Bréfritari: Sigríður Guðmundsdóttir
Viðtakandi: Jón Borgfirðings Jónsson
Dagsetning: A-1858-03-06
Skrifað á: Reykjavík  Gull.

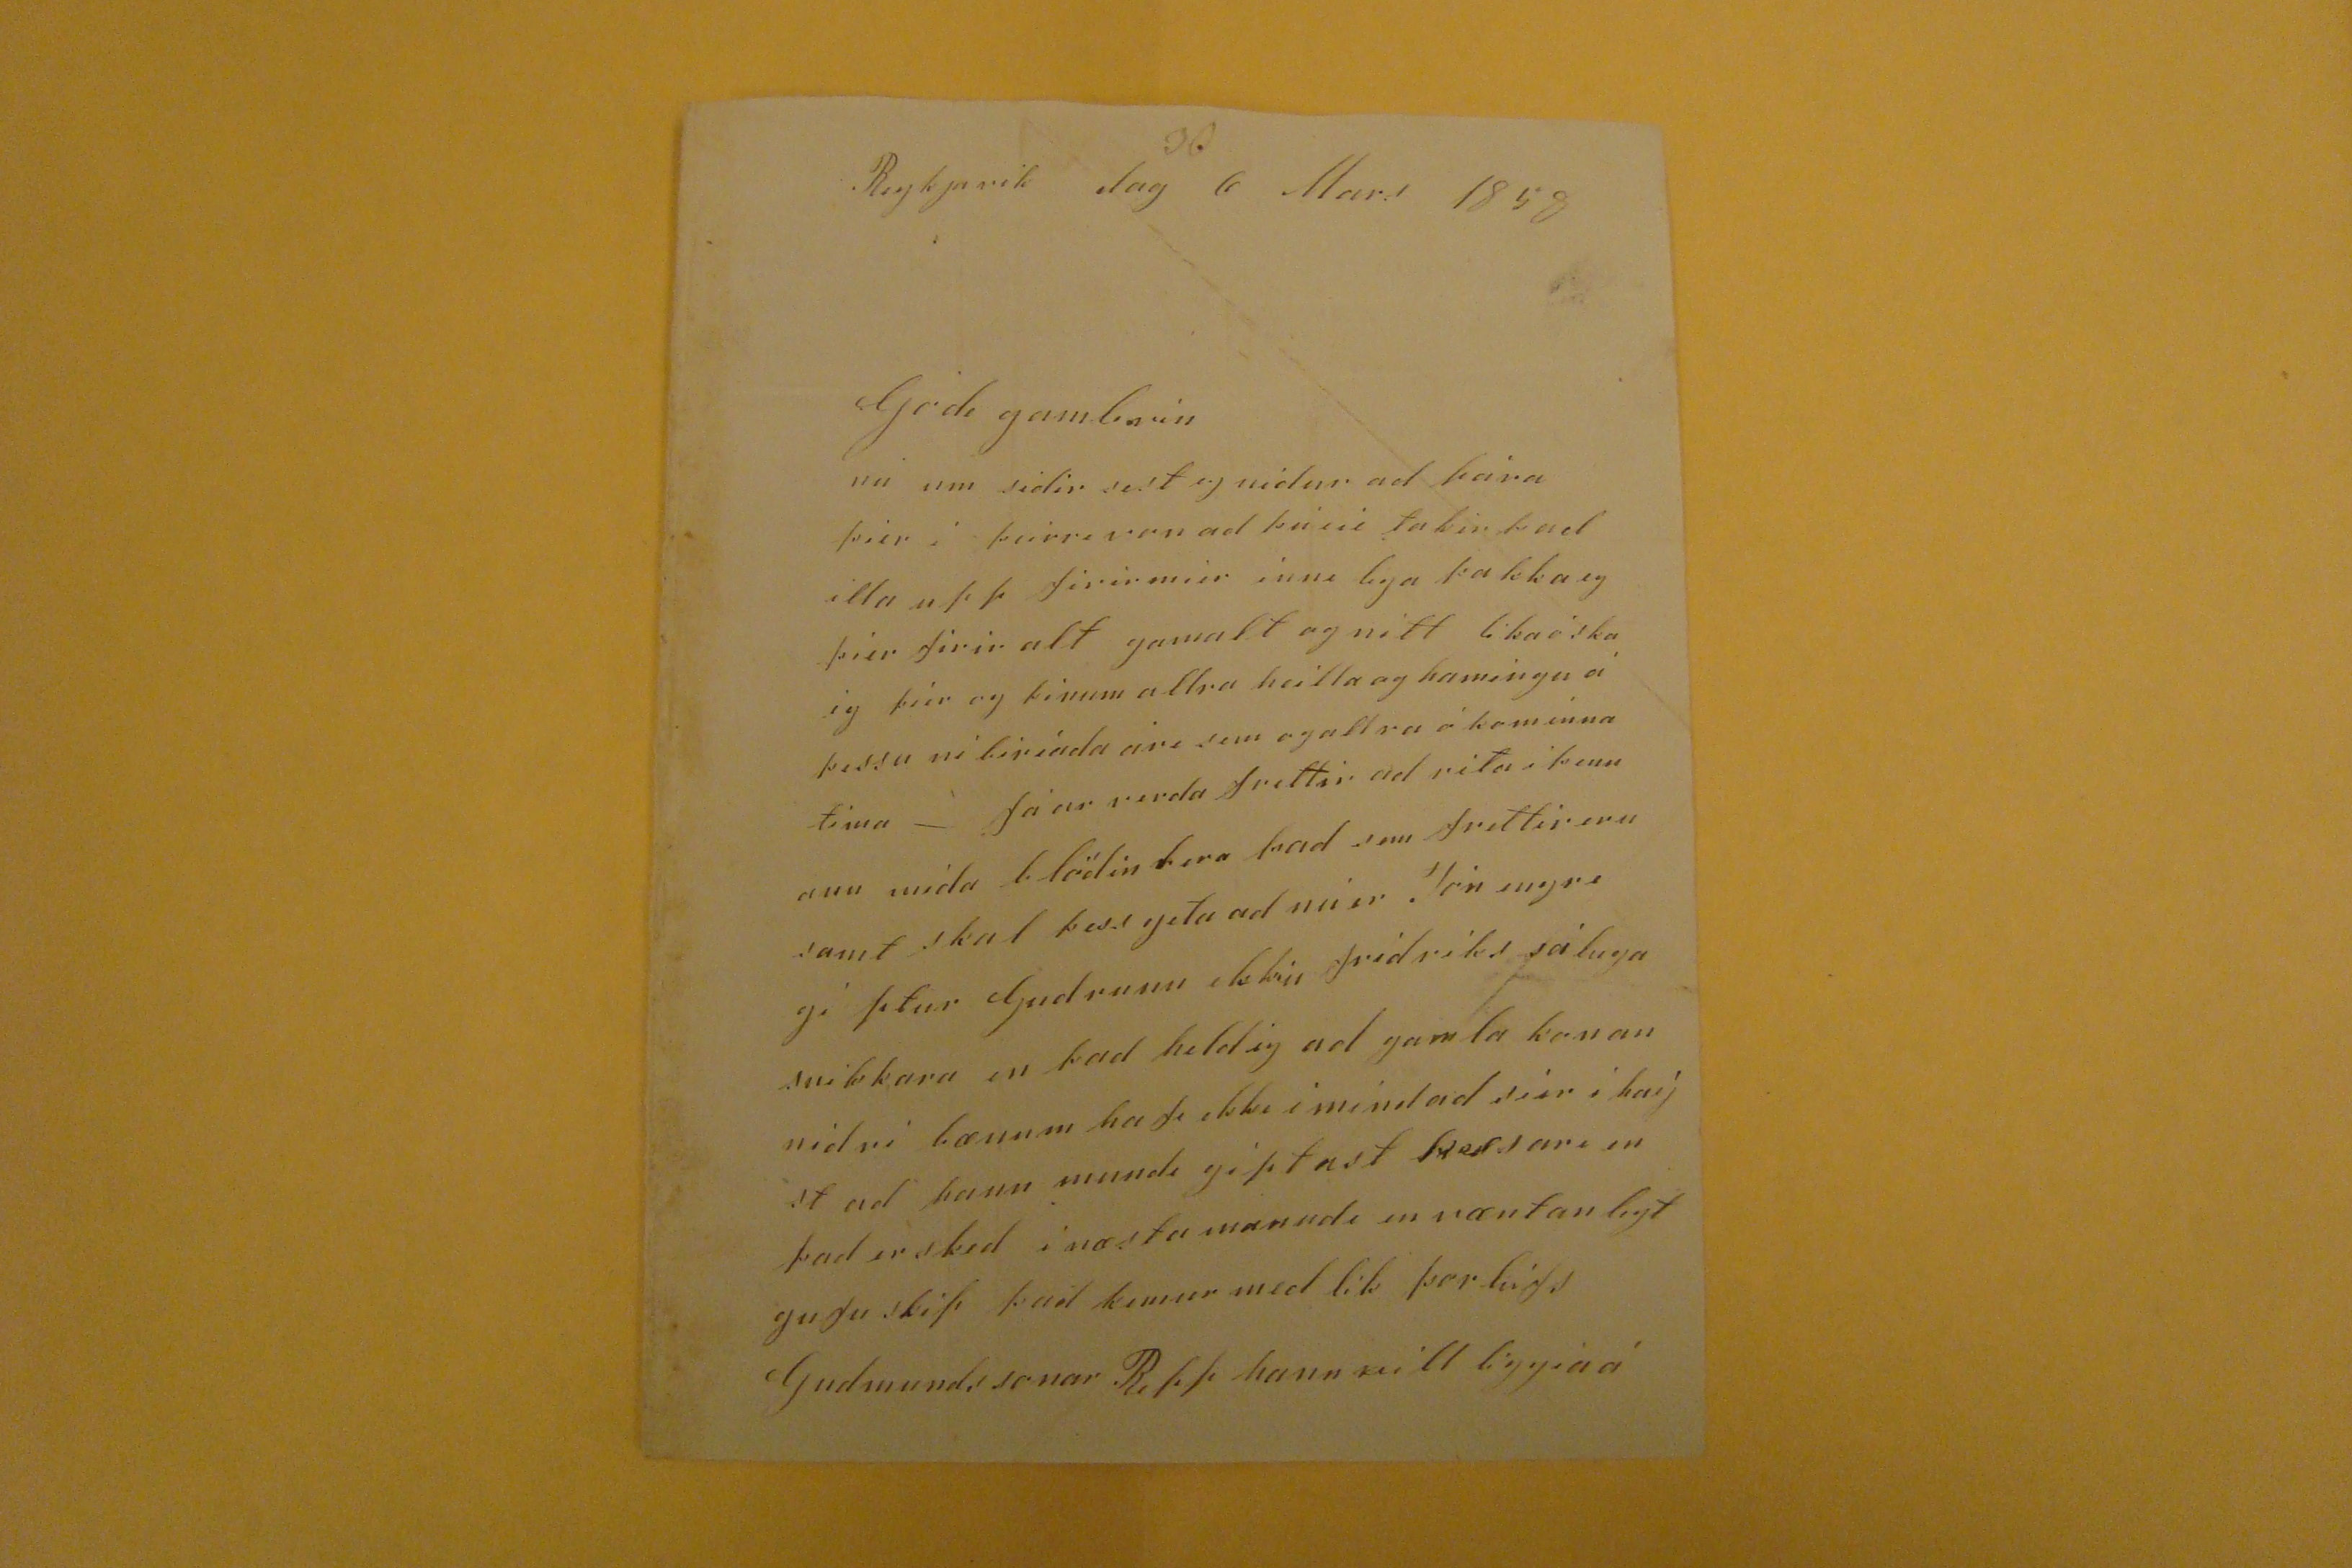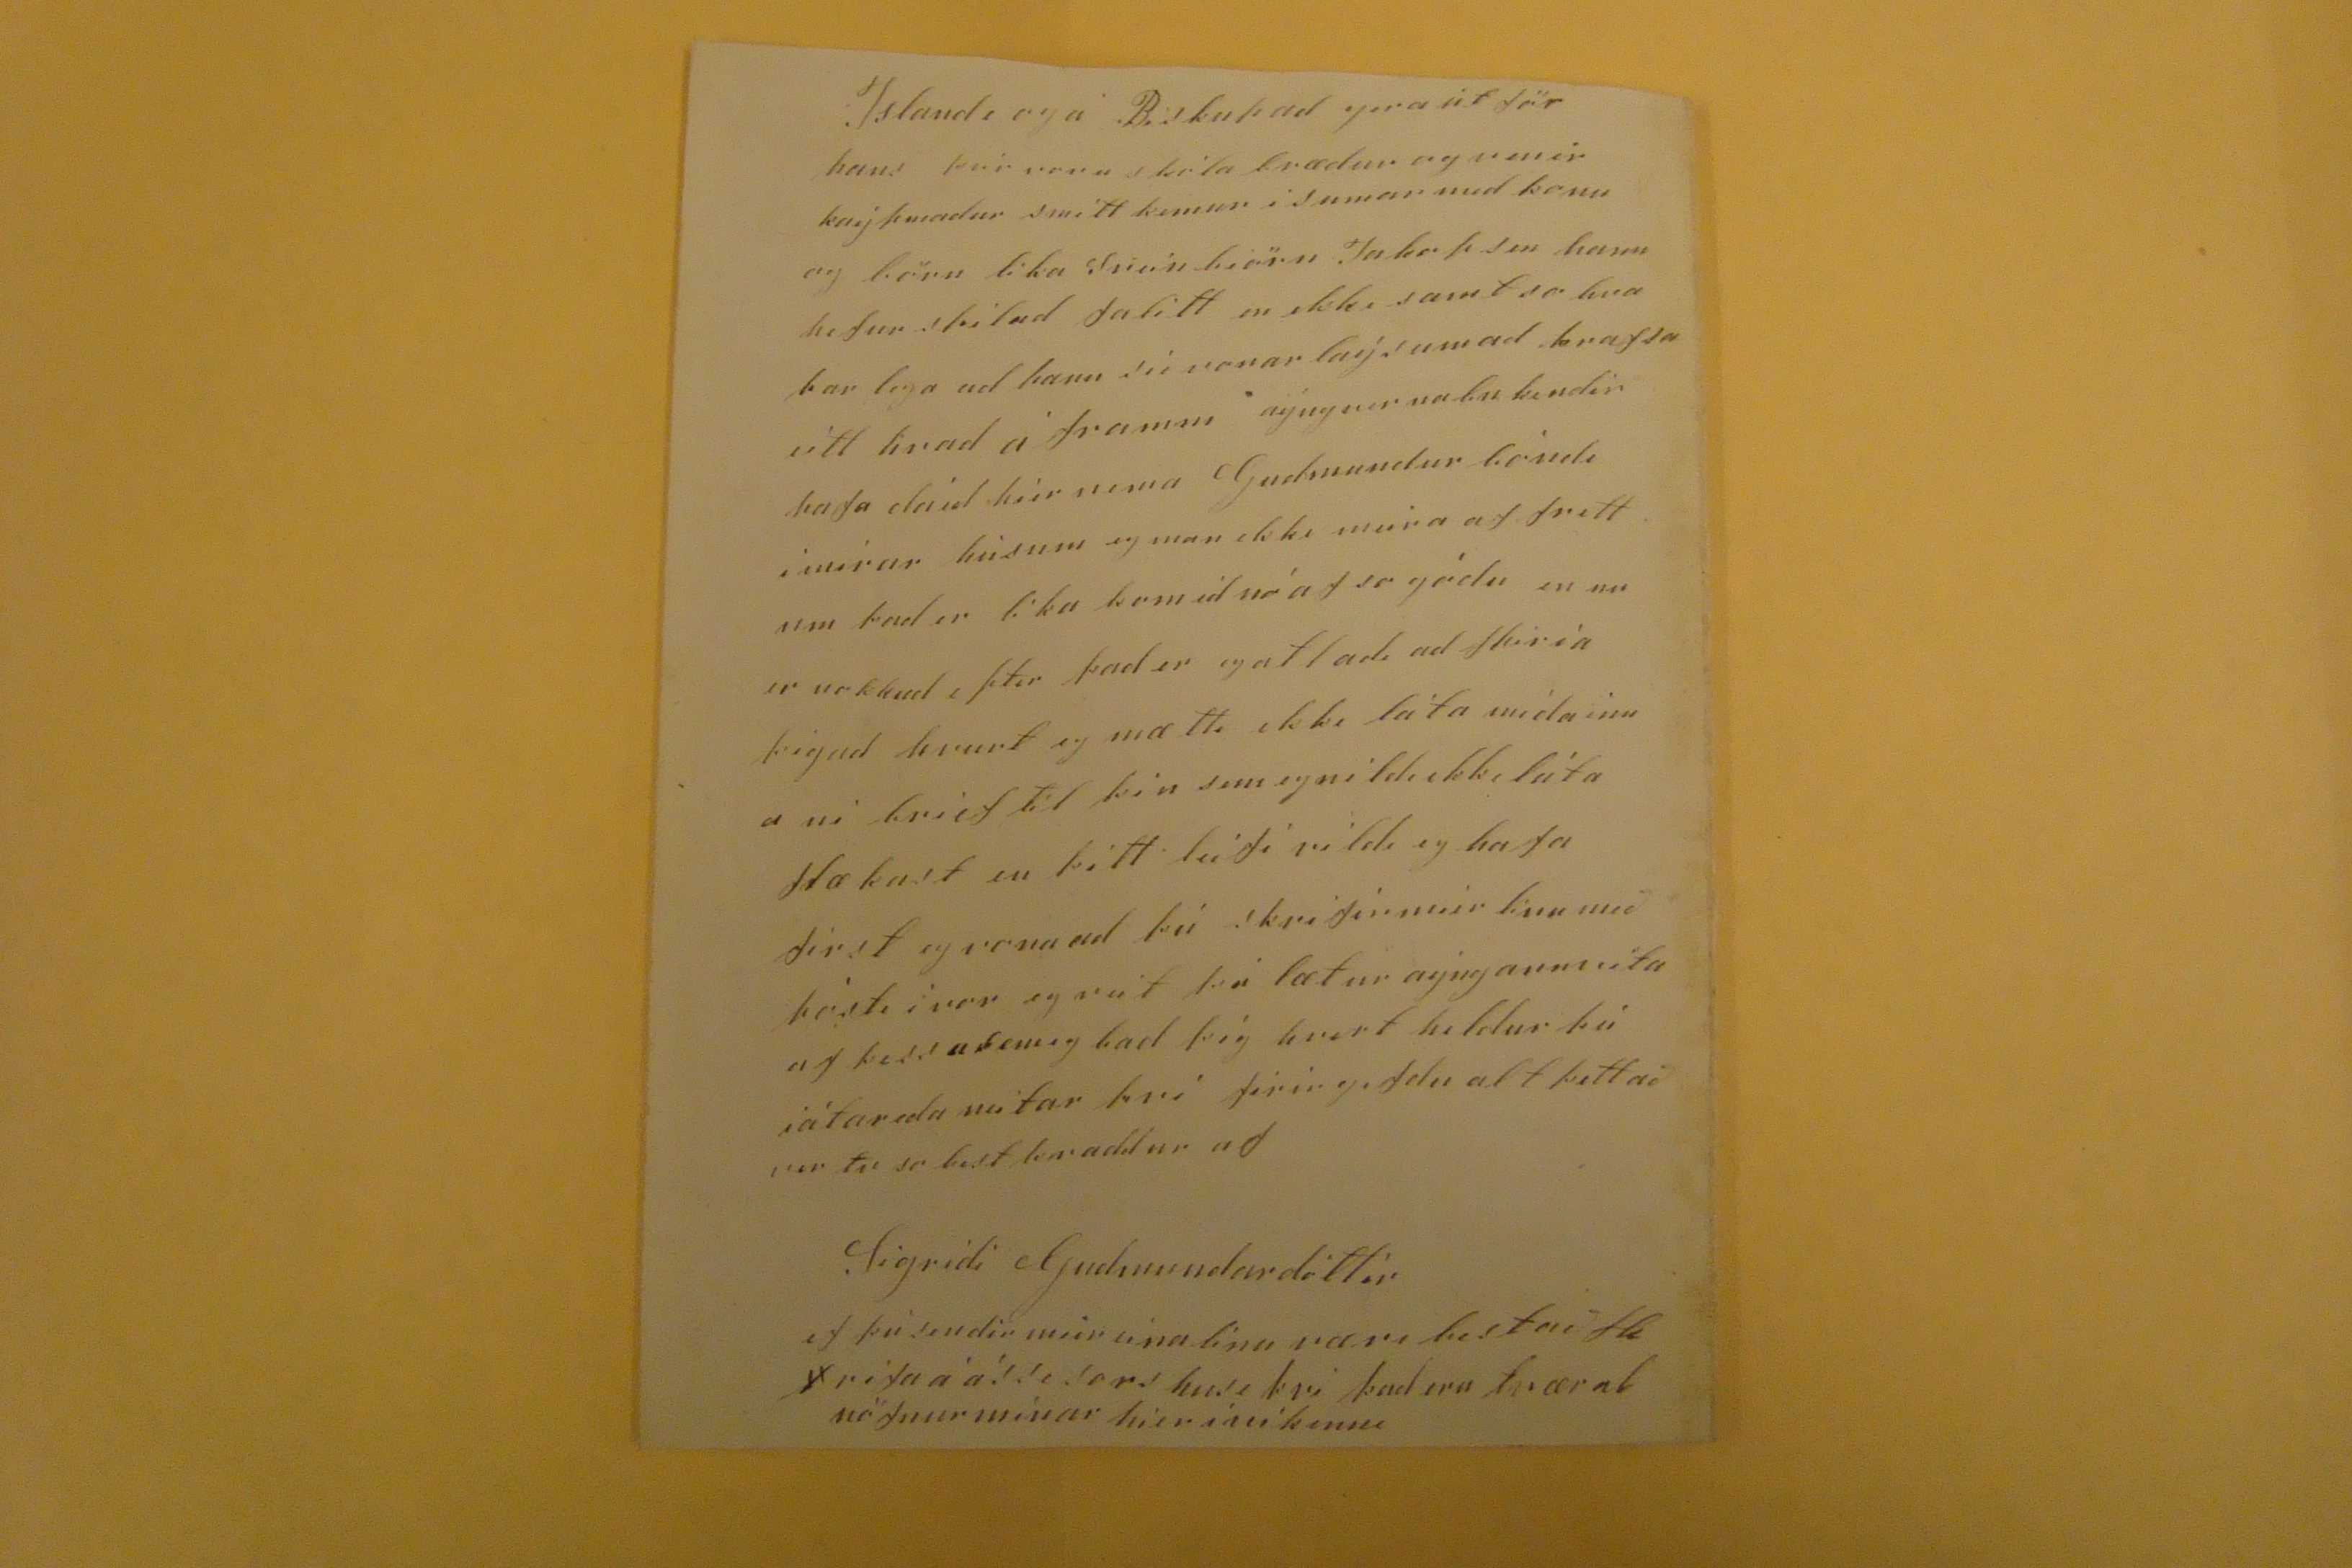

Reykjavik dag 6 Mars 1858
Godi gamli vin
nú um sidir sest egnidur ad pára þier i þeirri von ad þu
??
takir þad illa upp firir mier inni lega þakka eg þier firir alt gamalt og nitt lika óska ég þier og þinum allra heilla og hamingju á þessu ní biriada ári sem og allr ókominna tima - fáar verda frettir ad rita i þennann mida blödin
tira
þad sem frettir eru samt skal þess geta ad nú er Jón
engrigi sigur
Gudrunn ekki Fridriks sáluga snikkara en þad held eg ad gamla konan nidri bænum hafi ekki imindad sier í haýst ad hann mundi giptast
Kessari
en þad er sked i næstu manudi en væntanlegt gufu skip þad kemur med lik þorleifs Gudmundssonar
Repp
hann vill liggia á
Islande og á Biskupad gera út för hans þeir voru skóla brædur og
venir
kaýpmadur smitt kemur i sumar med konu og börn lika Sveinbiörn Jakopson hann hefur skilad
falitt
en ekki samt so hva bar lega ad hann sie vonar laýsumad krafsa eitt hvad á framm aýngur nabn kendir hafa dáid hier nema Gudmundur bóndi imirur búsum eg man ekki meira af frettum þad er lika komid nó af so gódu en nu er nokkud e
ptir
þad er eg atladi ad spiria þig ad hvurt eg mætti ekki láta mida inn a ni brief til þin sem eg nildi ekki láta
flækast
en þitt leifi vildi eg hafa first eg vona ad þú skrifir mier
hvu
með pósti í vor eg veit þú lætur aýngann vita af þessu sem eg bad þig hvert heldur þúi iátar eda neitar þvi firir gefdu alt þettað ver tu so best kvaddur af
Sigridi Gudmundardóttir
ef þú sendir mier eina linu væri bestað
fle
f
rita á á !! e sars
husi þvi það eru tvær al nöfnur mínar hier i vikinni